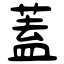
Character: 蓋